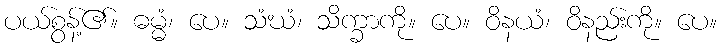
ပယ်စွန့်၏။ ဓမ္မံ၊ ပေ။ သံဃံ၊ သိက္ခာကို။ ပေ။ ဝိနယံ၊ ဝိနည်းကို။ ပေ။